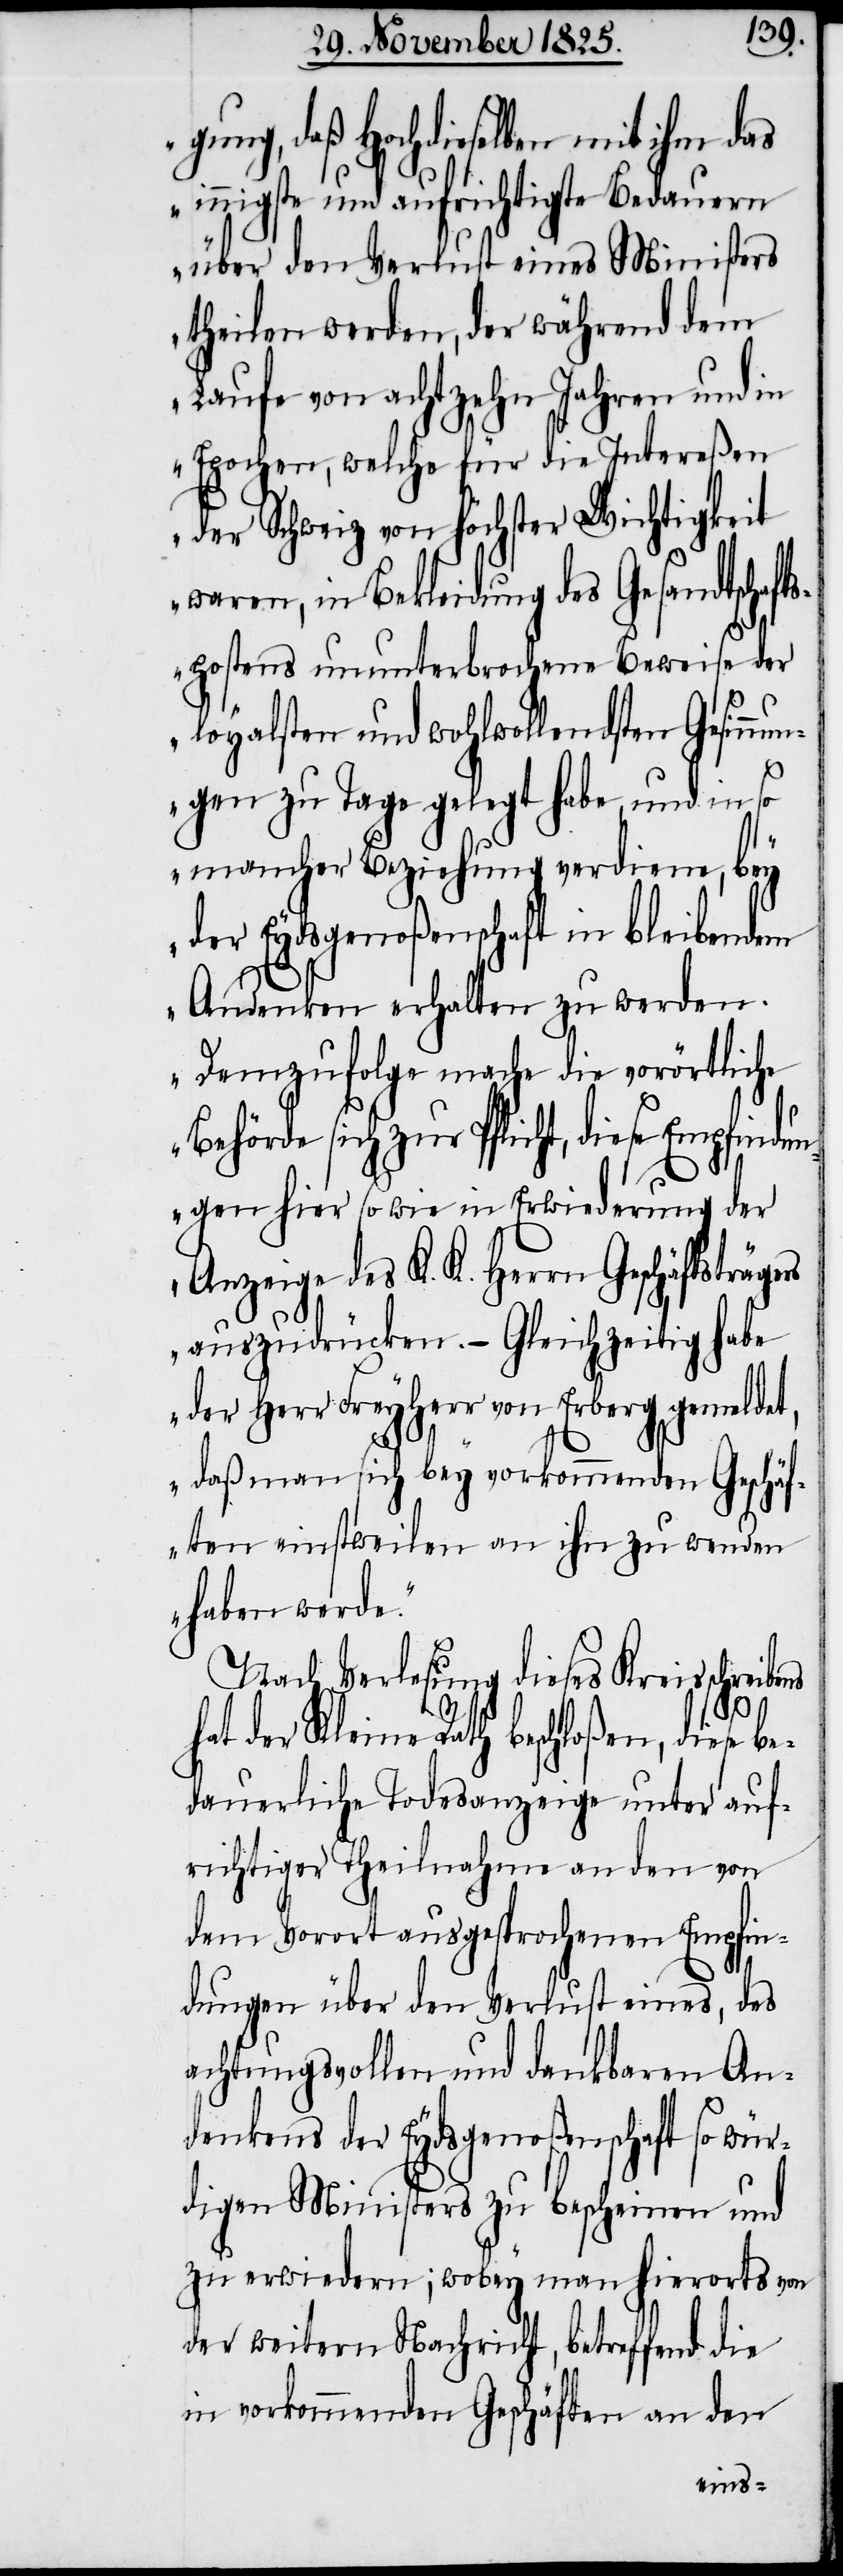
gung, daß Hochdieselben mit ihm
innigste und aufrichtigste Bedauern
über den Verlust eines Ministers
theilen werden, der während dem
Laufe von achtzehn Jahren und in
Epochen, welche für die Intereßen
der Schweiz von höchster Wichtigkeit
waren, in Bekleidung des Gesandtschaf¬
tspostens ununterbrochene Beweise der
loyalsten und wohlwollendsten Gesinnu¬
ngen zu Tage gelegt habe und in so
mancher Beziehung verdiene, bey
der Eydsgenoßenschaft in bleibendem
Andenken erhalten zu werden.
Demzufolge mache die vorörtliche
Behörde sich zur Pflicht, diese Empfind¬
ungen hier sowie in Erwiederung der
Anzeige des K. K. Herrn Geschäftsträge¬
rs auszudrücken. – Gleichzeitig habe
der Herr Freyherr von Erberg gemeldet,
daß man sich bey vorkommenden Geschäf¬
ten einstweilen an ihn zu wenden
haben werde.“
Nach Verlesung dieses Kreisschreibens
hat der Kleine Rath beschloßen, diese be¬
dauerliche Todesanzeige unter auf¬
richtiger Theilnahme an den von
dem Vorort ausgesprochenen Empfin¬
dungen über den Verlust eines, des
achtungsvollen und dankbaren An¬
denkens der Eydsgenoßenschaft so wür¬
digen Ministers zu bescheinen und
zu erwiedern; wobey man hierorts von
der weitern Nachricht, betreffend die
in vorkommenden Geschäften an den